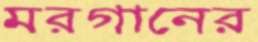
মরগানের